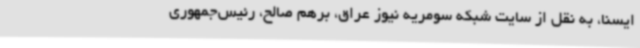
ایسنا، به نقل از سایت شبکه سومریه نیوز عراق، برهم صالح، رئیس‌جمهوری